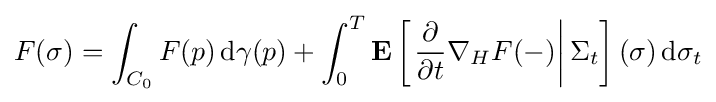
F(\sigma )=\int _{C_{0}}F(p)\,\mathrm {d} \gamma (p)+\int _{0}^{T}\mathbf {E} \left[\left.{\frac {\partial }{\partial t}}\nabla _{H}F(-)\right|\Sigma _{t}\right](\sigma )\,\mathrm {d} \sigma _{t}